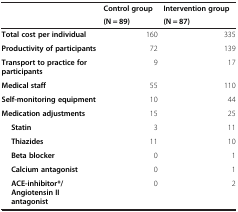
<table><thead><tr><td><b> </b></td><td><b>Control group</b></td><td><b>Intervention group</b></td></tr><tr><td><b> </b></td><td><b>(N = 89)</b></td><td><b>(N = 87)</b></td></tr></thead><tbody><tr><td><b>Total cost per individual</b></td><td>160</td><td>335</td></tr><tr><td><b>Productivity of participants</b></td><td>72</td><td>139</td></tr><tr><td><b>Transport to practice for participants</b></td><td>9</td><td>17</td></tr><tr><td><b>Medical staff</b></td><td>55</td><td>110</td></tr><tr><td><b>Self-monitoring equipment</b></td><td>10</td><td>44</td></tr><tr><td><b>Medication adjustments</b></td><td>15</td><td>25</td></tr><tr><td><b>Statin</b></td><td>3</td><td>11</td></tr><tr><td><b>Thiazides</b></td><td>11</td><td>10</td></tr><tr><td><b>Beta blocker</b></td><td>0</td><td>1</td></tr><tr><td><b>Calcium antagonist</b></td><td>0</td><td>1</td></tr><tr><td><b>ACE-inhibitor*/Angiotensin II antagonist</b></td><td>0</td><td>2</td></tr></tbody></table>